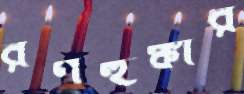
রণহুঙ্কার